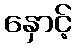
နှောင့်